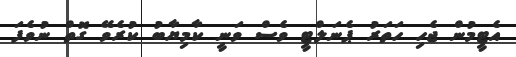
އެޓީމުން ޖެހި ހަތަރު ޕެނަލްޓީ ވެސް ވަނީ ކާމިޔާބު ކުރެވޭ ގޮތް ނުވެފަ